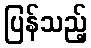
ပြန်သည့်